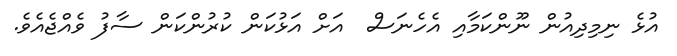
އުޅެ ނިމިދިއުން ނޫންކަމާއި އެހެނަސް  އަށް އަޅުކަން ކުރުންކަން ސާފު ވެއްޖެއެވެ.